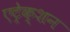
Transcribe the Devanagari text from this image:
एट्रेक्शन